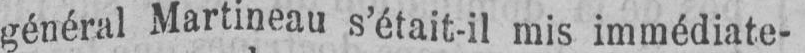
général Martineau s’était-il mis immédiate-